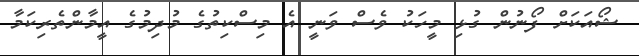
ޝޯއަކަށް ފޯނުން ގުޅި މީހަކު ވެސް ވަނީ އެ މިސްކިތުގެ މުދިމުގެ އީމާންތެރިކަމާ